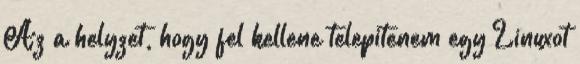
Az a helyzet, hogy fel kellene telepitenem egy Linuxot